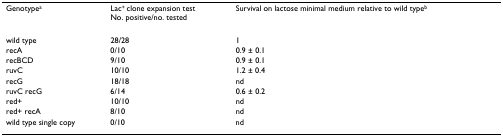
<table><thead><tr><td><b>Genotype<sup>a</sup></b></td><td><b>Lac<sup>+ </sup>clone expansion testNo. positive/no. tested</b></td><td><b>Survival on lactose minimal medium relative to wild type<sup>b</sup></b></td></tr></thead><tbody><tr><td>wild type</td><td>28/28</td><td>1</td></tr><tr><td>recA</td><td>0/10</td><td>0.9 ± 0.1</td></tr><tr><td>recBCD</td><td>9/10</td><td>0.9 ± 0.1</td></tr><tr><td>ruvC</td><td>10/10</td><td>1.2 ± 0.4</td></tr><tr><td>recG</td><td>18/18</td><td>nd</td></tr><tr><td>ruvC recG</td><td>6/14</td><td>0.6 ± 0.2</td></tr><tr><td>red+</td><td>10/10</td><td>nd</td></tr><tr><td>red+ recA</td><td>8/10</td><td>nd</td></tr><tr><td>wild type single copy</td><td>0/10</td><td>nd</td></tr></tbody></table>